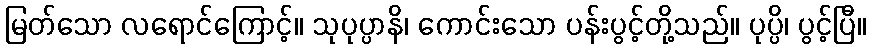
မြတ်သော လရောင်ကြောင့်။ သုပုပ္ပာနိ၊ ကောင်းသော ပန်းပွင့်တို့သည်။ ပုပ္ပိ၊ ပွင့်ပြီ။